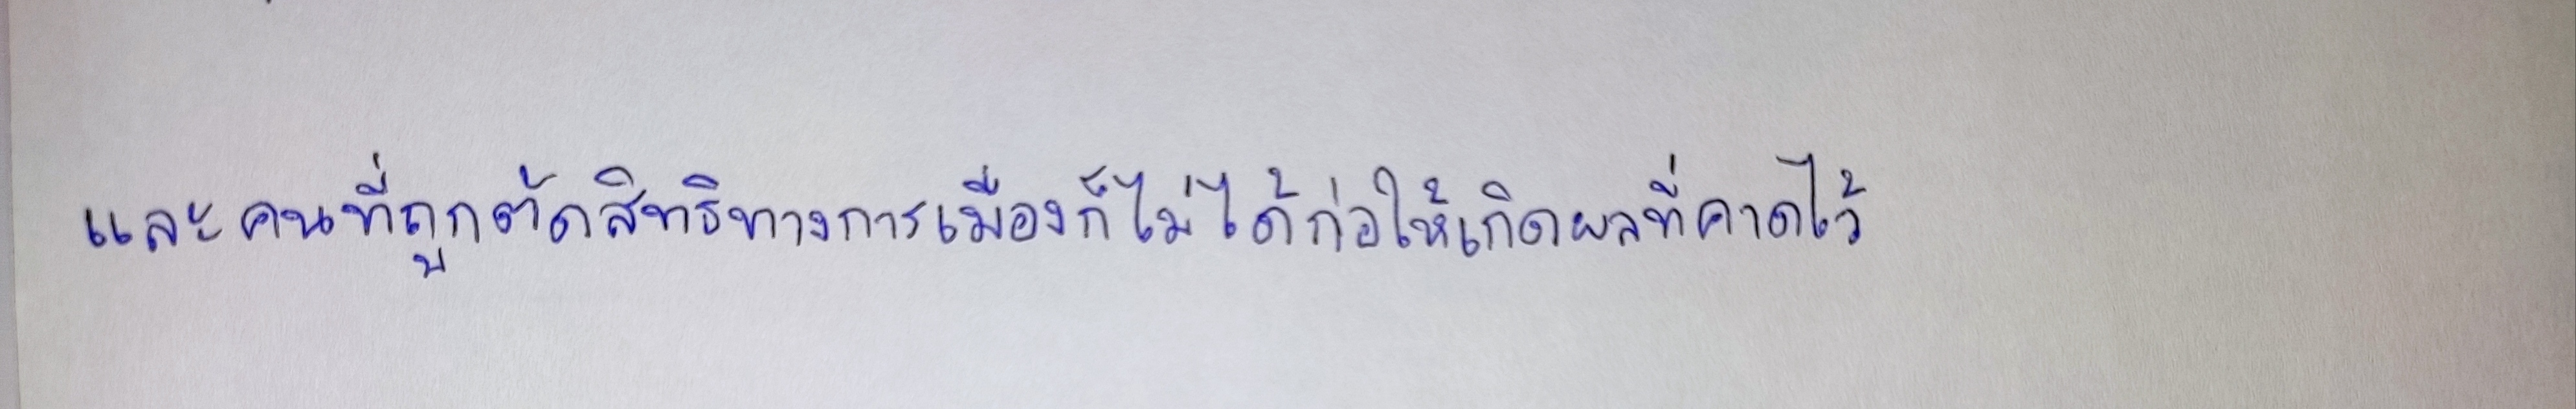
และคนที่ถูกตัดสิทธิทางการเมืองก็ไม่ได้ก่อให้เกิดผลที่คาดไว้